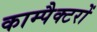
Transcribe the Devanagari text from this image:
काम्पैक्टरों